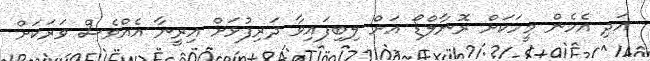
އަދި އެހެން މީހަކަށް ރޮނާލްޑޯ އަށް ލިބިފައިވާ ދަރިފުޅަށް އިރީނާ އެއްވެސް ވަރަކަށް